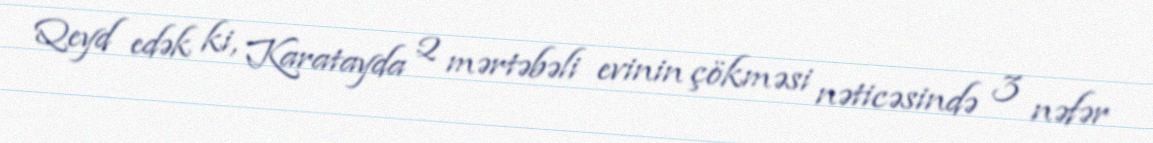
Qeyd edək ki, Karatayda 2 mərtəbəli evinin çökməsi nəticəsində 3 nəfər